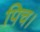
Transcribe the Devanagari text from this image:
पिच।